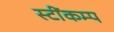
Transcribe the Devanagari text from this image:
स्टींकम्प